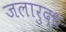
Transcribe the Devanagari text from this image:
जलारुद्ध